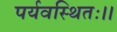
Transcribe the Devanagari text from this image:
पर्यवस्थितः।।